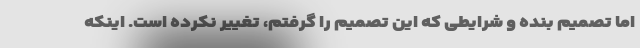
اما تصمیم بنده و شرایطی که این تصمیم را گرفتم، تغییر نکرده است. اینکه